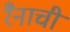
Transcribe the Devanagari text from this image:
रैनाची